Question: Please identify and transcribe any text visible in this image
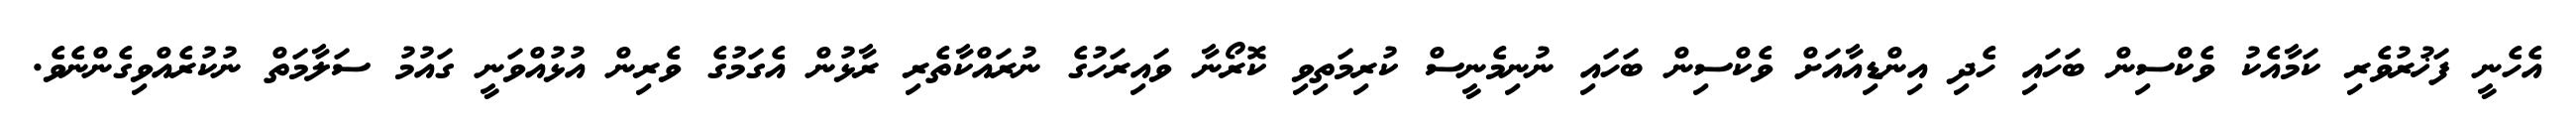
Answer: އެހެނީ ފަޚުރުވެރި ކަމާއެކު ވެކްސިން ބަހައި ހެދި އިންޑިއާއަށް ވެކްސިން ބަހައި ނުނިމެނީސް ކުރިމަތިވި ކޮރޯނާ ވައިރަހުގެ ނުރައްކާތެރި ރާޅުން އެގަމުގެ ވެރިން އުޅުއްވަނީ ގައުމު ސަލާމަތް ނުކުރެއްވިގެންނެވެ.